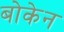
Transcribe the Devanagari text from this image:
बोकेन